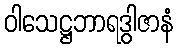
ဝါသေဋ္ဌဘာရဒွါဇာနံ